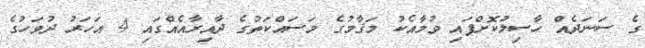
ގެ ސަނަދެއް ހާސިލުކޮށްފައި ވުމާއެކު މަޤާމުގެ މަސައްކަތުގެ ދާއިރާއެއްގައި 4 އަހަރު ދުވަހުގެ